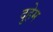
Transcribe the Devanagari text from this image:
दुहेम